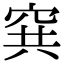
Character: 𥥡